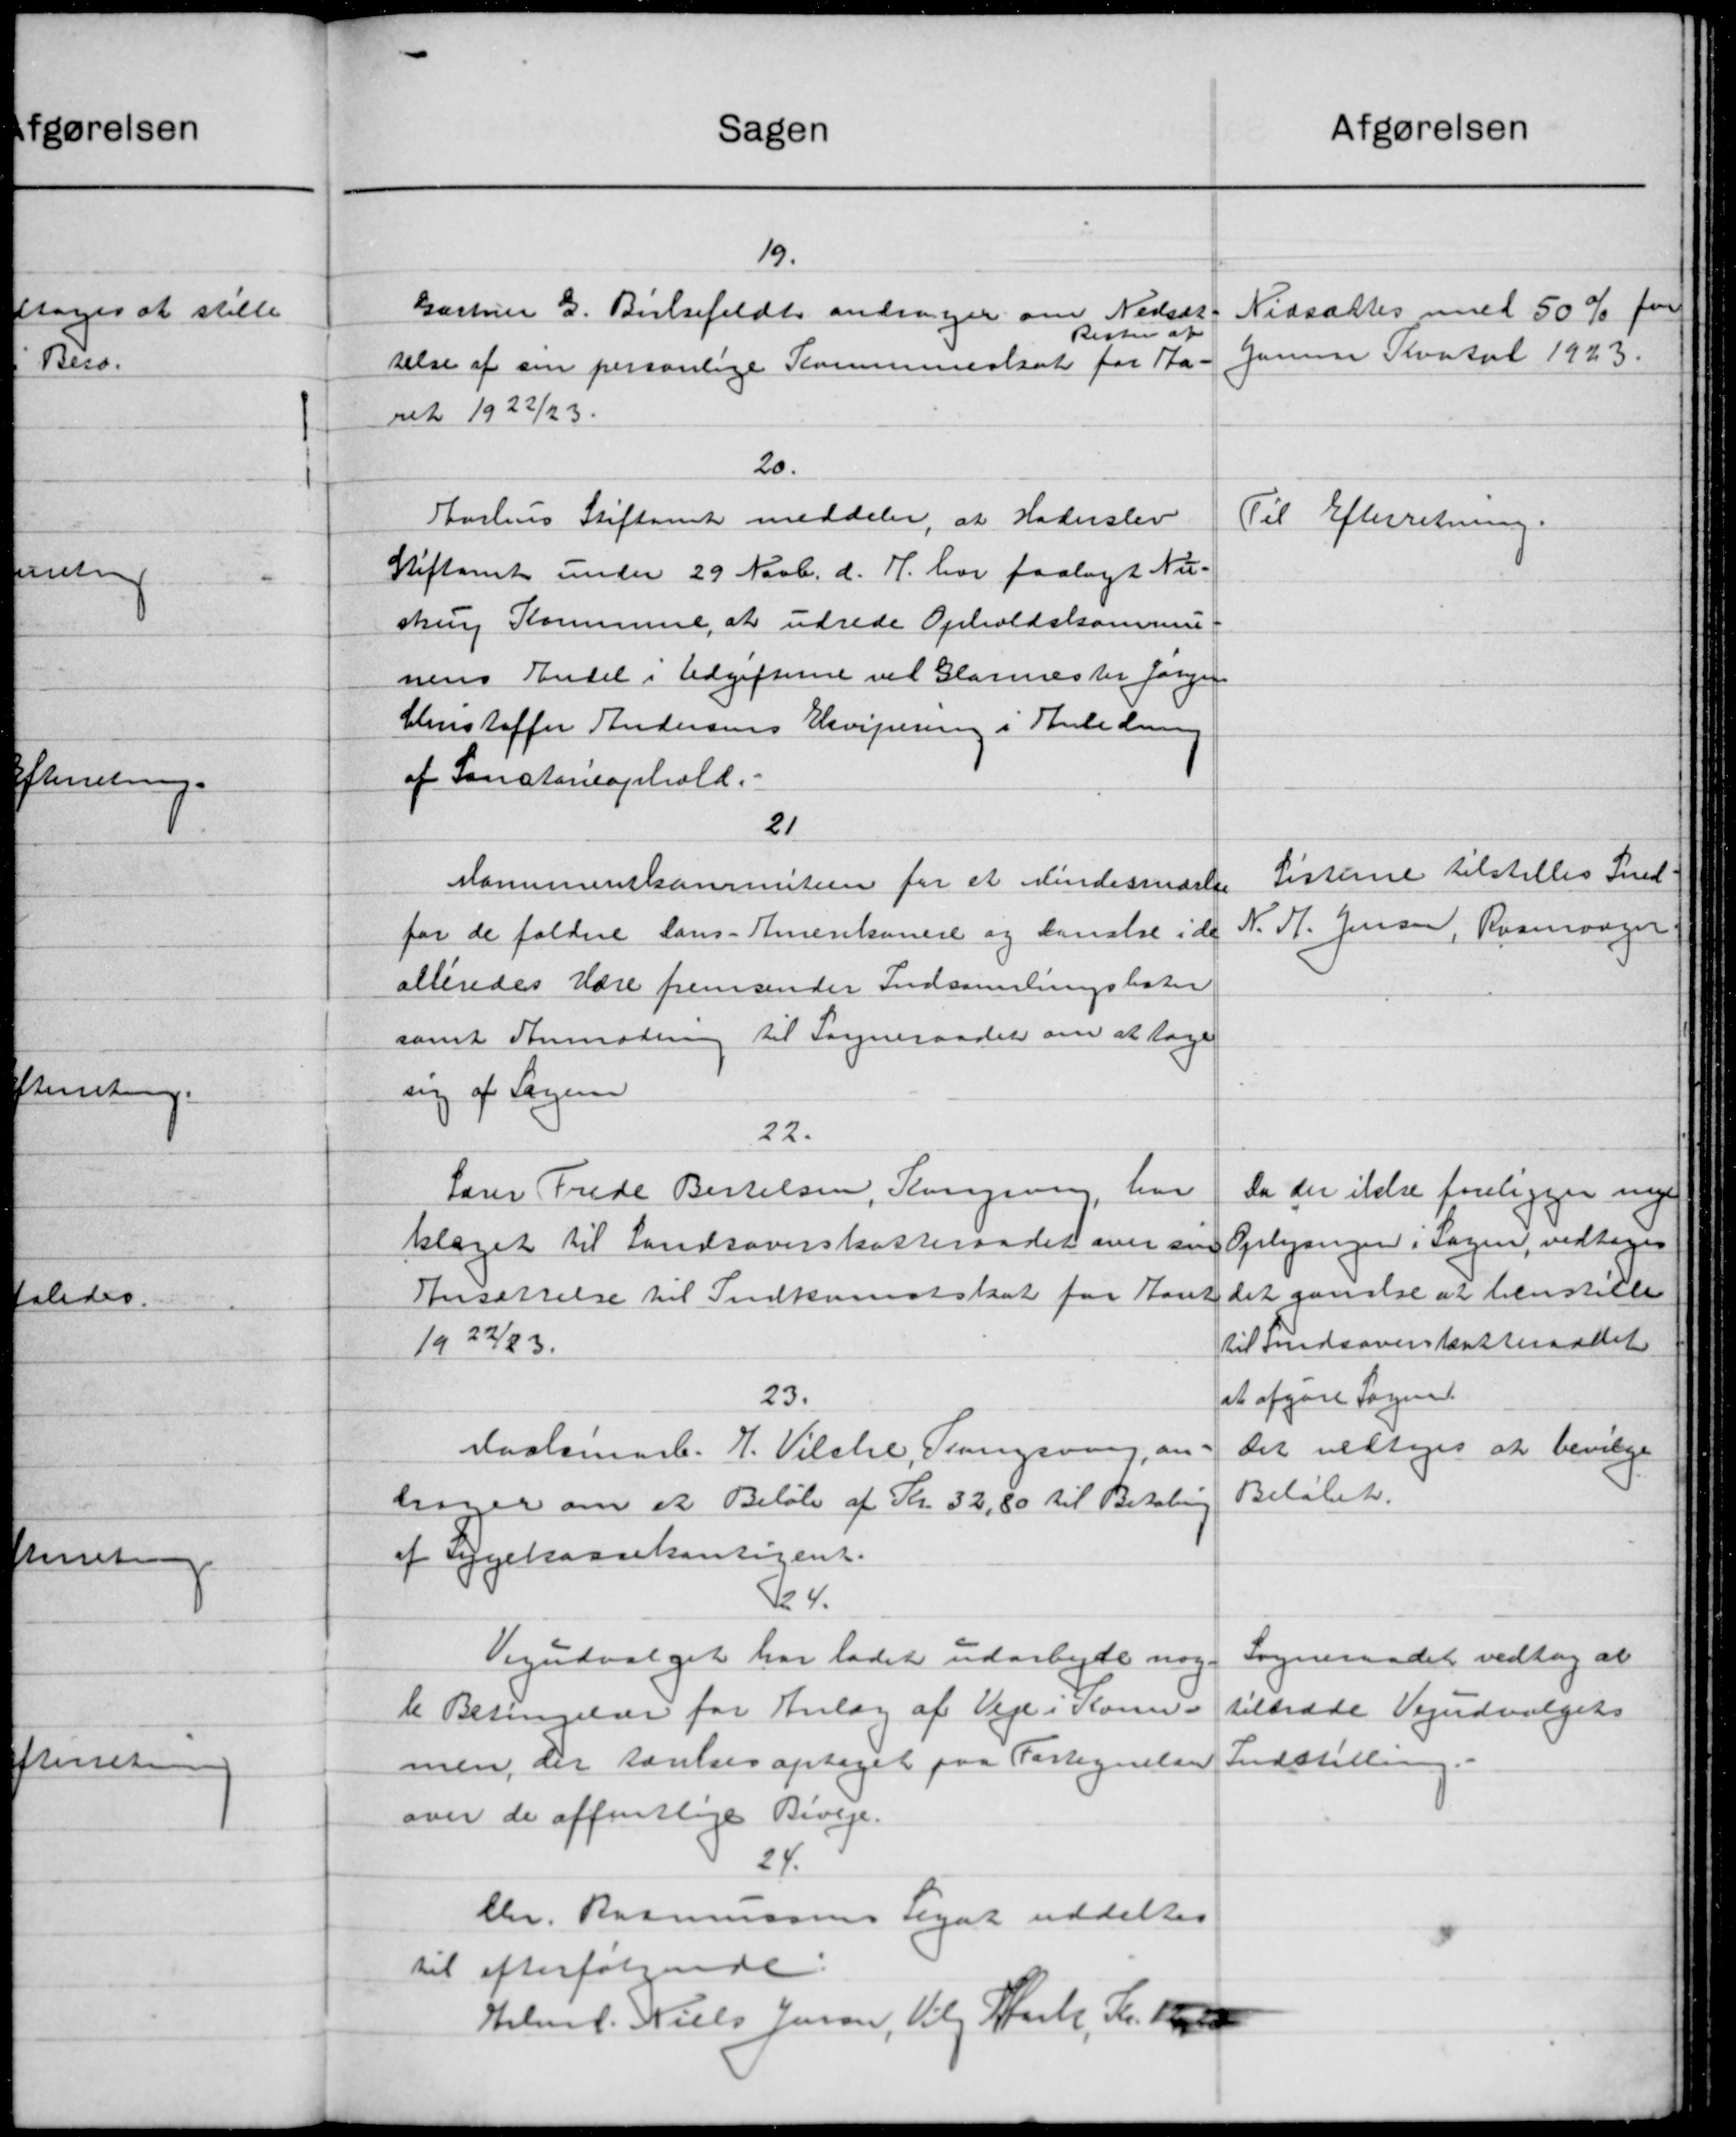
Transskription:
Sagen
19.
Gartner G. Birksefeldt andrager om Nedsæt-
Resten af
relse af sin personlige Kommuneskat for Sta-
ret 1922/23.
20.
Aarhus Stiftamt meddeler, at Haderslev
Stiftamt under 29 Novb. d. A. har paalagt Nu-
skrv Kommune, at udrede Opholdskommu
nens Enkel i Udgifterne vil Glarmester Jørgen
Christoffer Andersens Elevipering i Anledning
af Sanctaneophold.
21
Momumenskommiteen for et Mindesendelse
for de faldne Lans-Amerikanere og kanelse i de
alleredes Udre fremsender Indsamlingslister
samt Anmodning til Sogneraadet om at tage
ing af Sagen
22.
Lærer Frede Bertelsen, Kongening har
klaget til Landsoverskatteraadet over sin
Ansættelse til Indkomstskat for Aaret
1922/23.
23.
Maalemark. J. Vilcke, Trangsvang, an
har er om et Beløb af Kr. 32,80 til Betaling
af Sygekassekontigent.
124.
Vejudvalget har ladet udarbejde noge
te Betingelser for Anlæg af Veje i Kom-
men, der førelses optaget paa Fortegnelser
over de offentlige Biveje.
24.
Chr. Rasmussens Legat uddeltes
til efterfølgende:
Helmd. Niels Jensen, Vil Hule, Kr. 1000